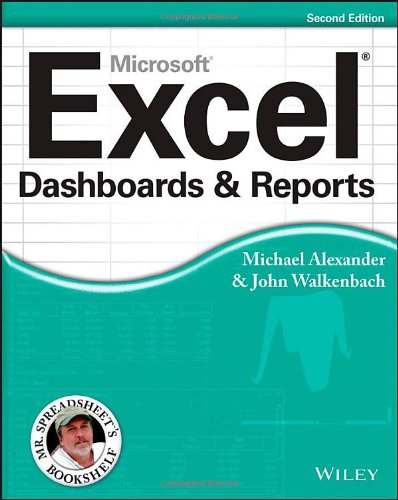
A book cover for Excel Dashboards and Reports; Michael Alexander; Computers & Technology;